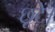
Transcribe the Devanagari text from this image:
छूटें।